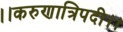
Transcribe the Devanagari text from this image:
।।करुणात्रिपदी।।